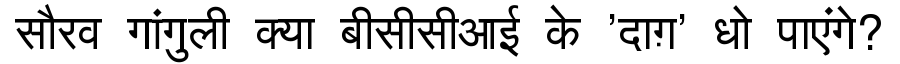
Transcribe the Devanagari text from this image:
सौरव गांगुली क्या बीसीसीआई के 'दाग़' धो पाएंगे?